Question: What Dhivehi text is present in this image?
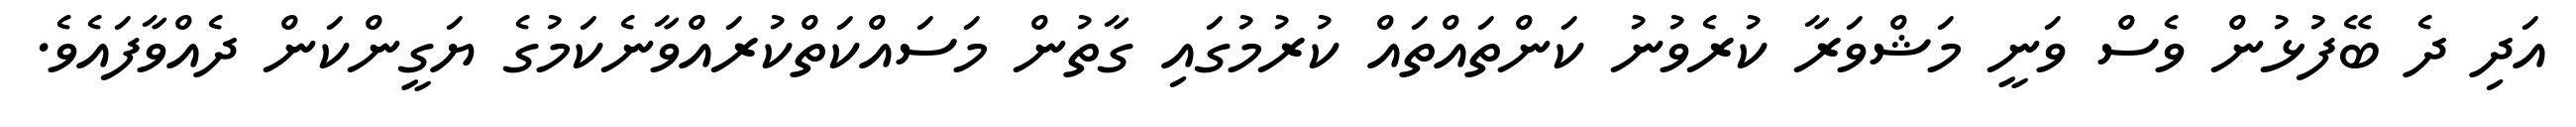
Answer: އަދި ދެ ބޭފުޅުން ވެސް ވަނީ މަޝްވަރާ ކުރެވުނު ކަންތައްތައް ކުރުމުގައި ގާތުން މަސައްކަތްކުރައްވާނެކަމުގެ ޔަގީންކަން ދެއްވާފައެވެ.